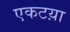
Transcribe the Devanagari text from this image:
एकटय़ा